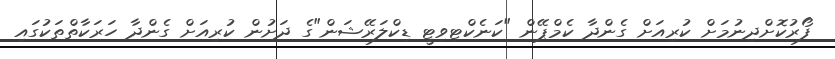
ފޯރުކޮށްދިނުމަށް ކުރިއަށް ގެންދާ ކެމްޕޭން "ކަނެކްޓިވިޓީ ޑިކްލަރޭޝަން"ގެ ދަށުން ކުރިއަށް ގެންދާ ހަރަކާތްތަކުގައި